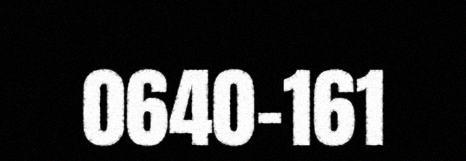
0640-161